Leaving Certificate Examination (including Day School Certificate (Higher) General paper), 1932
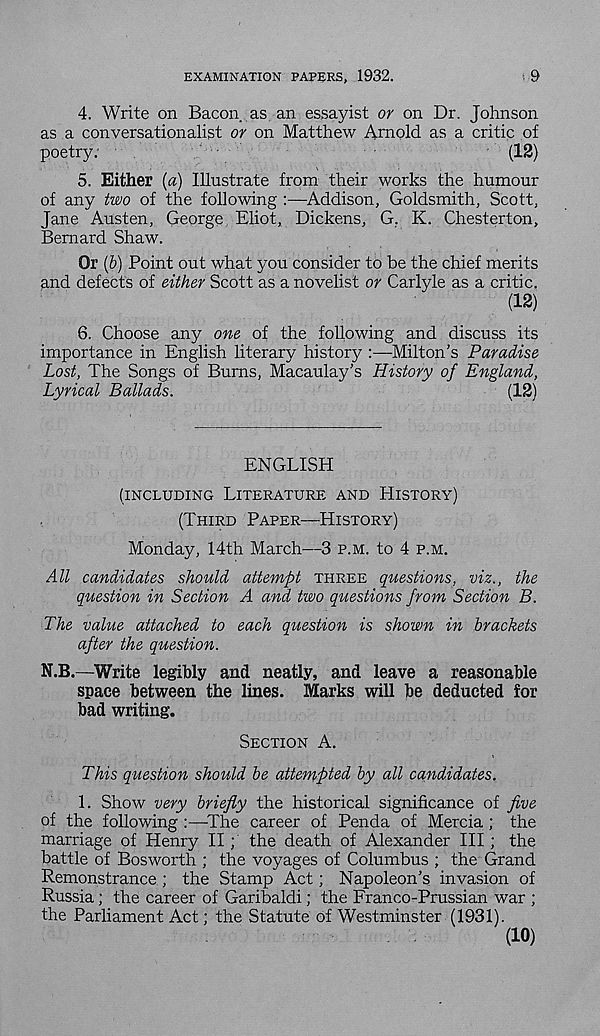
EXAMINATION PAPERS, 1932.
; 9
4. Write on Bacon as an essayist or on Dr. Johnson
as a conversationalist or on Matthew Arnold as a critic of
poetry:
(12)
5. Either {a) Illustrate from their works the humour
of any two of the following
Addison, Goldsmith, Scott,
Jane Austen, George Eliot, Dickens, G, K. Chesterton,
Bernard Shaw.
Or {b) Point out what you consider to be the chief merits
and defects of either Scott as a novelist or Carlyle as a critic.
(12)
6. Choose any one of the following and discuss its
importance in English literary history :—Milton’s Paradise
Lost, The Songs of Bums, Macaulay’s History of England,
Lyrical Ballads.
(12)
ENGLISH
(INCLUDING LITERATURE AND HISTORY)
(THIRD PAPER—HISTORY)
Monday, 14th March—3 P.M. to 4 P.M.
All candidates should attempt THREE questions, viz., the
question in Section A and two questions from Section B.
The value attached to each question is shown in brackets
after the question.
N.B.—Write legibly and neatly, and leave a reasonable
space between the lines. Marks will be deducted for
bad writing.
SECTION A.
This question should be atternpted by all candidates.
1. Show very briefly the historical significance of five
of the following :—The career of Penda of Mercia ; the
marriage of Henry II; the death of Alexander III; the
battle of Bosworth ; the voyages of Columbus ; the Grand
Remonstrance ; the Stamp Act; Napoleon’s invasion of
Russia; the career of Garibaldi; the Franco-Prussian war ;
the Parliament Act; the Statute of Westminster (1931).
(10)